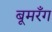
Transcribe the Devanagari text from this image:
बूमरँग